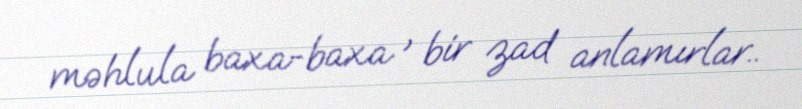
məhlula baxa-baxa , bir zad anlamırlar..